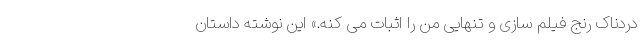
دردناک رنج فیلم سازی و تنهایی من را اثبات می کنه.» این نوشته داستان